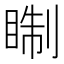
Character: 𥇕